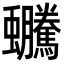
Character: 𧖍